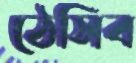
ঠেসিব